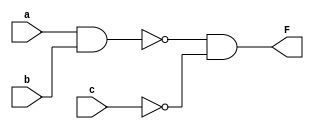
module parity(
    input a, b, c,
    output F
);
    assign F = ~(a&b) & ~c;
endmodule
`timescale 1ns/ 1ps
module parity_tb;
reg a;
reg b;
reg c;
wire F;
parity instance_parity(
    .a(a),.b(b),.c(c),.F(F)
);
initial begin
    a=0; b=0; c=0;
    #10;
    a=0; b=0; c=1;
    #10;
    a=0; b=1; c=0;
    #10;
    a=0; b=1; c=1;
    #10;
    a=1; b=0; c=0;
    #10;
    a=1; b=0; c=1;
    #10;
    a=1; b=1; c=0;
    #10;
    a=1; b=1; c=1;
    #10;
    $finish;
end
initial begin
    $monitor("=%t, a=%b, b=%b, c=%b, F=%b", $time, a, b, c, F);
end
endmodule